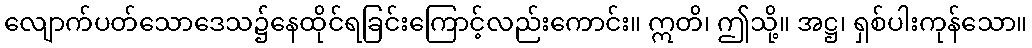
လျောက်ပတ်သောဒေသ၌နေထိုင်ရခြင်းကြောင့်လည်းကောင်း။ ဣတိ၊ ဤသို့။ အဋ္ဌ၊ ရှစ်ပါးကုန်သော။